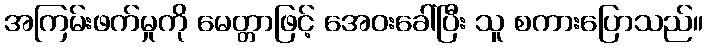
အကြမ်းဖက်မှုကို မေတ္တာဖြင့် အေဝးခေါ်ပြီး သူ စကားပြောသည်။